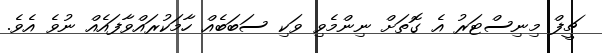
ޗީފް މިނިސްޓަރު އެ ގޮތަށް ނިންމެވި ވަކި ސަބަބެއް ހާމަކުރައްވާފައެއް ނުވެ އެވެ.